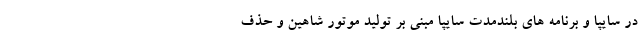
در سایپا و برنامه های بلندمدت سایپا مبنی بر تولید موتور شاهین و حذف